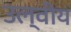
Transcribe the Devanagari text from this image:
उल्वीय